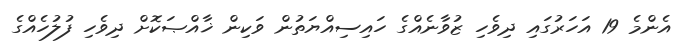
އެންމެ 19 އަހަރުގައި ދިވެހި ޒުވާނެއްގެ ހައިސިއްޔަތުން ވަކިން ޚާއްޞަކޮށް ދިވެހި ފުލުހެއްގެ